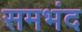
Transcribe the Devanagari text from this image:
समभंद